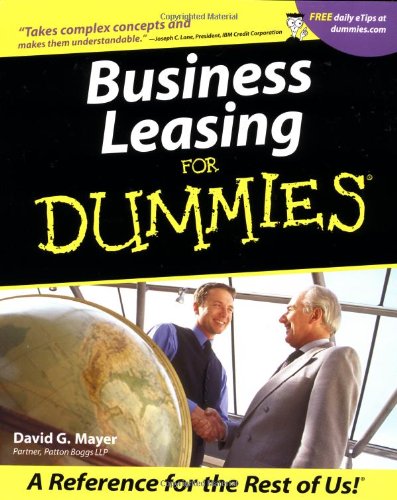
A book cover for Business Leasing For DummiesÃE (For Dummies (Lifestyles Paperback)); David G. Mayer; Business & Money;